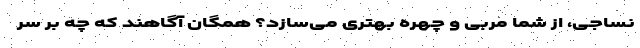
نساجی، از شما مربی و چهره بهتری می‌سازد؟ همگان آگاهند که چه بر سر